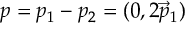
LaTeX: p = p _ { 1 } - p _ { 2 } = ( 0 , 2 \vec { p } _ { 1 } )